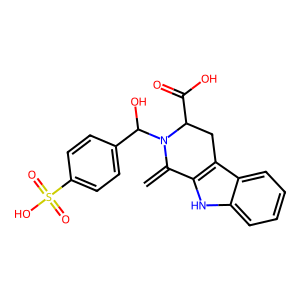
SMILES: C=C1c2[nH]c3ccccc3c2CC(C(=O)O)N1C(O)c1ccc(S(=O)(=O)O)cc1
Inhibits HIV replication: No